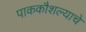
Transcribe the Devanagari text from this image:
पाककौशल्याचे